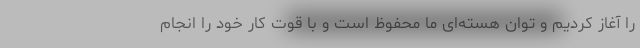
را آغاز کردیم و توان هسته‌ای ما محفوظ است و با قوت کار خود را انجام